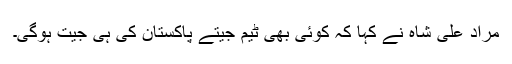
مراد علی شاہ نے کہا کہ کوئی بھی ٹیم جیتے پاکستان کی ہی جیت ہوگی۔